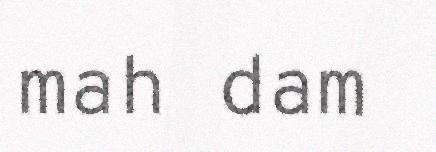
mah dam